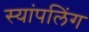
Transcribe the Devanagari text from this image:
स्यांपलिंग